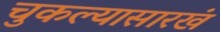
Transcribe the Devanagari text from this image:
चुकल्यासारखं